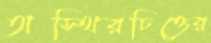
অস্থিরচিত্তের